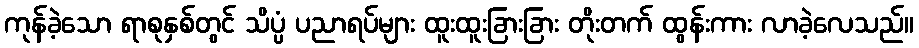
ကုန်ခဲ့သော ရာစုနှစ်တွင် သိပ္ပံ ပညာရပ်များ ထူးထူးခြားခြား တိုးတက် ထွန်းကား လာခဲ့လေသည်။